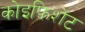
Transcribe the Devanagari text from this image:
कोइफ़िशेंट